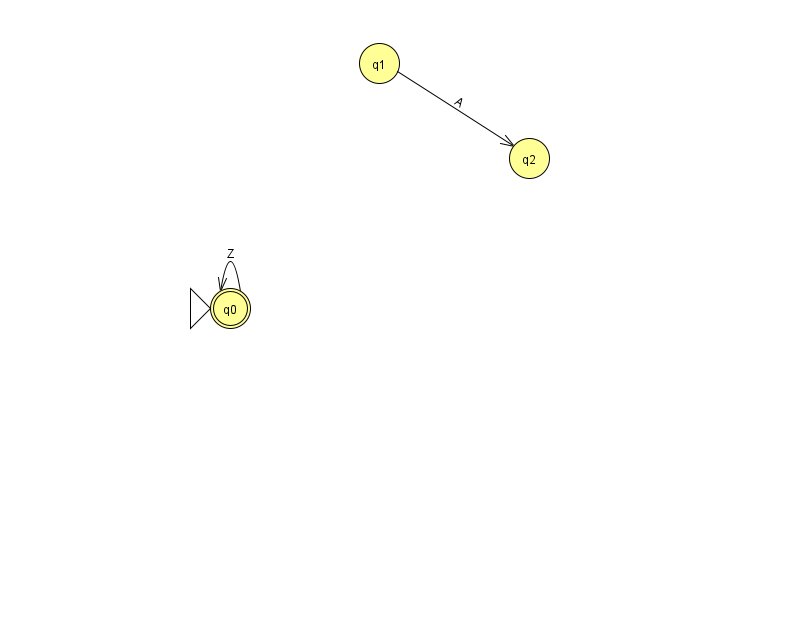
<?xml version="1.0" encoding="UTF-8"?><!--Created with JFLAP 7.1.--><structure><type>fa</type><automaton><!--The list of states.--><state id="0" name="q0"><x>230.0</x><y>295.0</y><initial/><final/></state><state id="1" name="q1"><x>379.0</x><y>50.0</y></state><state id="2" name="q2"><x>529.0</x><y>145.0</y></state><!--The list of transitions.--><transition><from>0</from><to>0</to><read>Z</read></transition><transition><from>1</from><to>2</to><read>A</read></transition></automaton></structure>